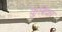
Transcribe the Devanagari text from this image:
कुबिका